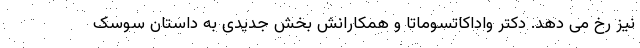
نیز رخ می دهد. دکتر واداکاتسوماتا و همکارانش بخش جدیدی به داستان سوسک